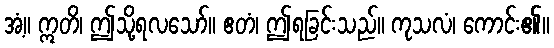
အံ့။ ဣတိ၊ ဤသို့ရလသော်။ ဧတံ၊ ဤရခြင်းသည်။ ကုသလံ၊ ကောင်း၏။